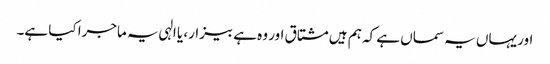
اور یہاں یہ سماں ہے کہ ہم ہیں مشتاق اور وہ ہے بیزار، یا الہی یہ ماجرا کیا ہے۔